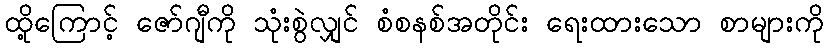
ထို့ကြောင့် ဇော်ဂျီကို သုံးစွဲလျှင် စံစနစ်အတိုင်း ရေးထားသော စာများကို